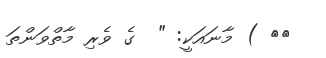
١٥ ) މާނައަކީ: "  ގެ ވެރި މާތްވަންތަ